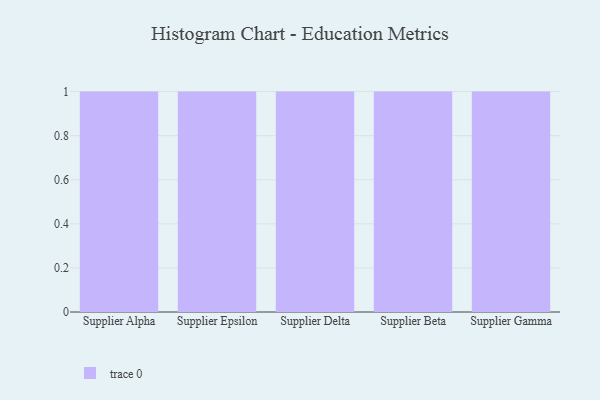
{"axis": {"x": "Supplier", "y": "Temperature (°C)"}, "legend": [""], "data": [{"x": "Supplier Alpha", "y": 51, "type": ""}, {"x": "Supplier Epsilon", "y": 87, "type": ""}, {"x": "Supplier Delta", "y": 64, "type": ""}, {"x": "Supplier Beta", "y": 31, "type": ""}, {"x": "Supplier Gamma", "y": 17, "type": ""}]}